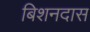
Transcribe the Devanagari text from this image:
बिशनदास